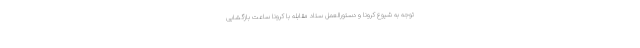
توجه به شیوع کرونا و دستورالعمل ستاد مقابله با کرونا ساعت بازگشایی